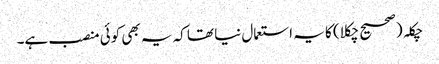
چکلہ (صحیح چکلا) کا یہ استعمال نیا تھا کہ یہ بھی کوئی منصب ہے۔